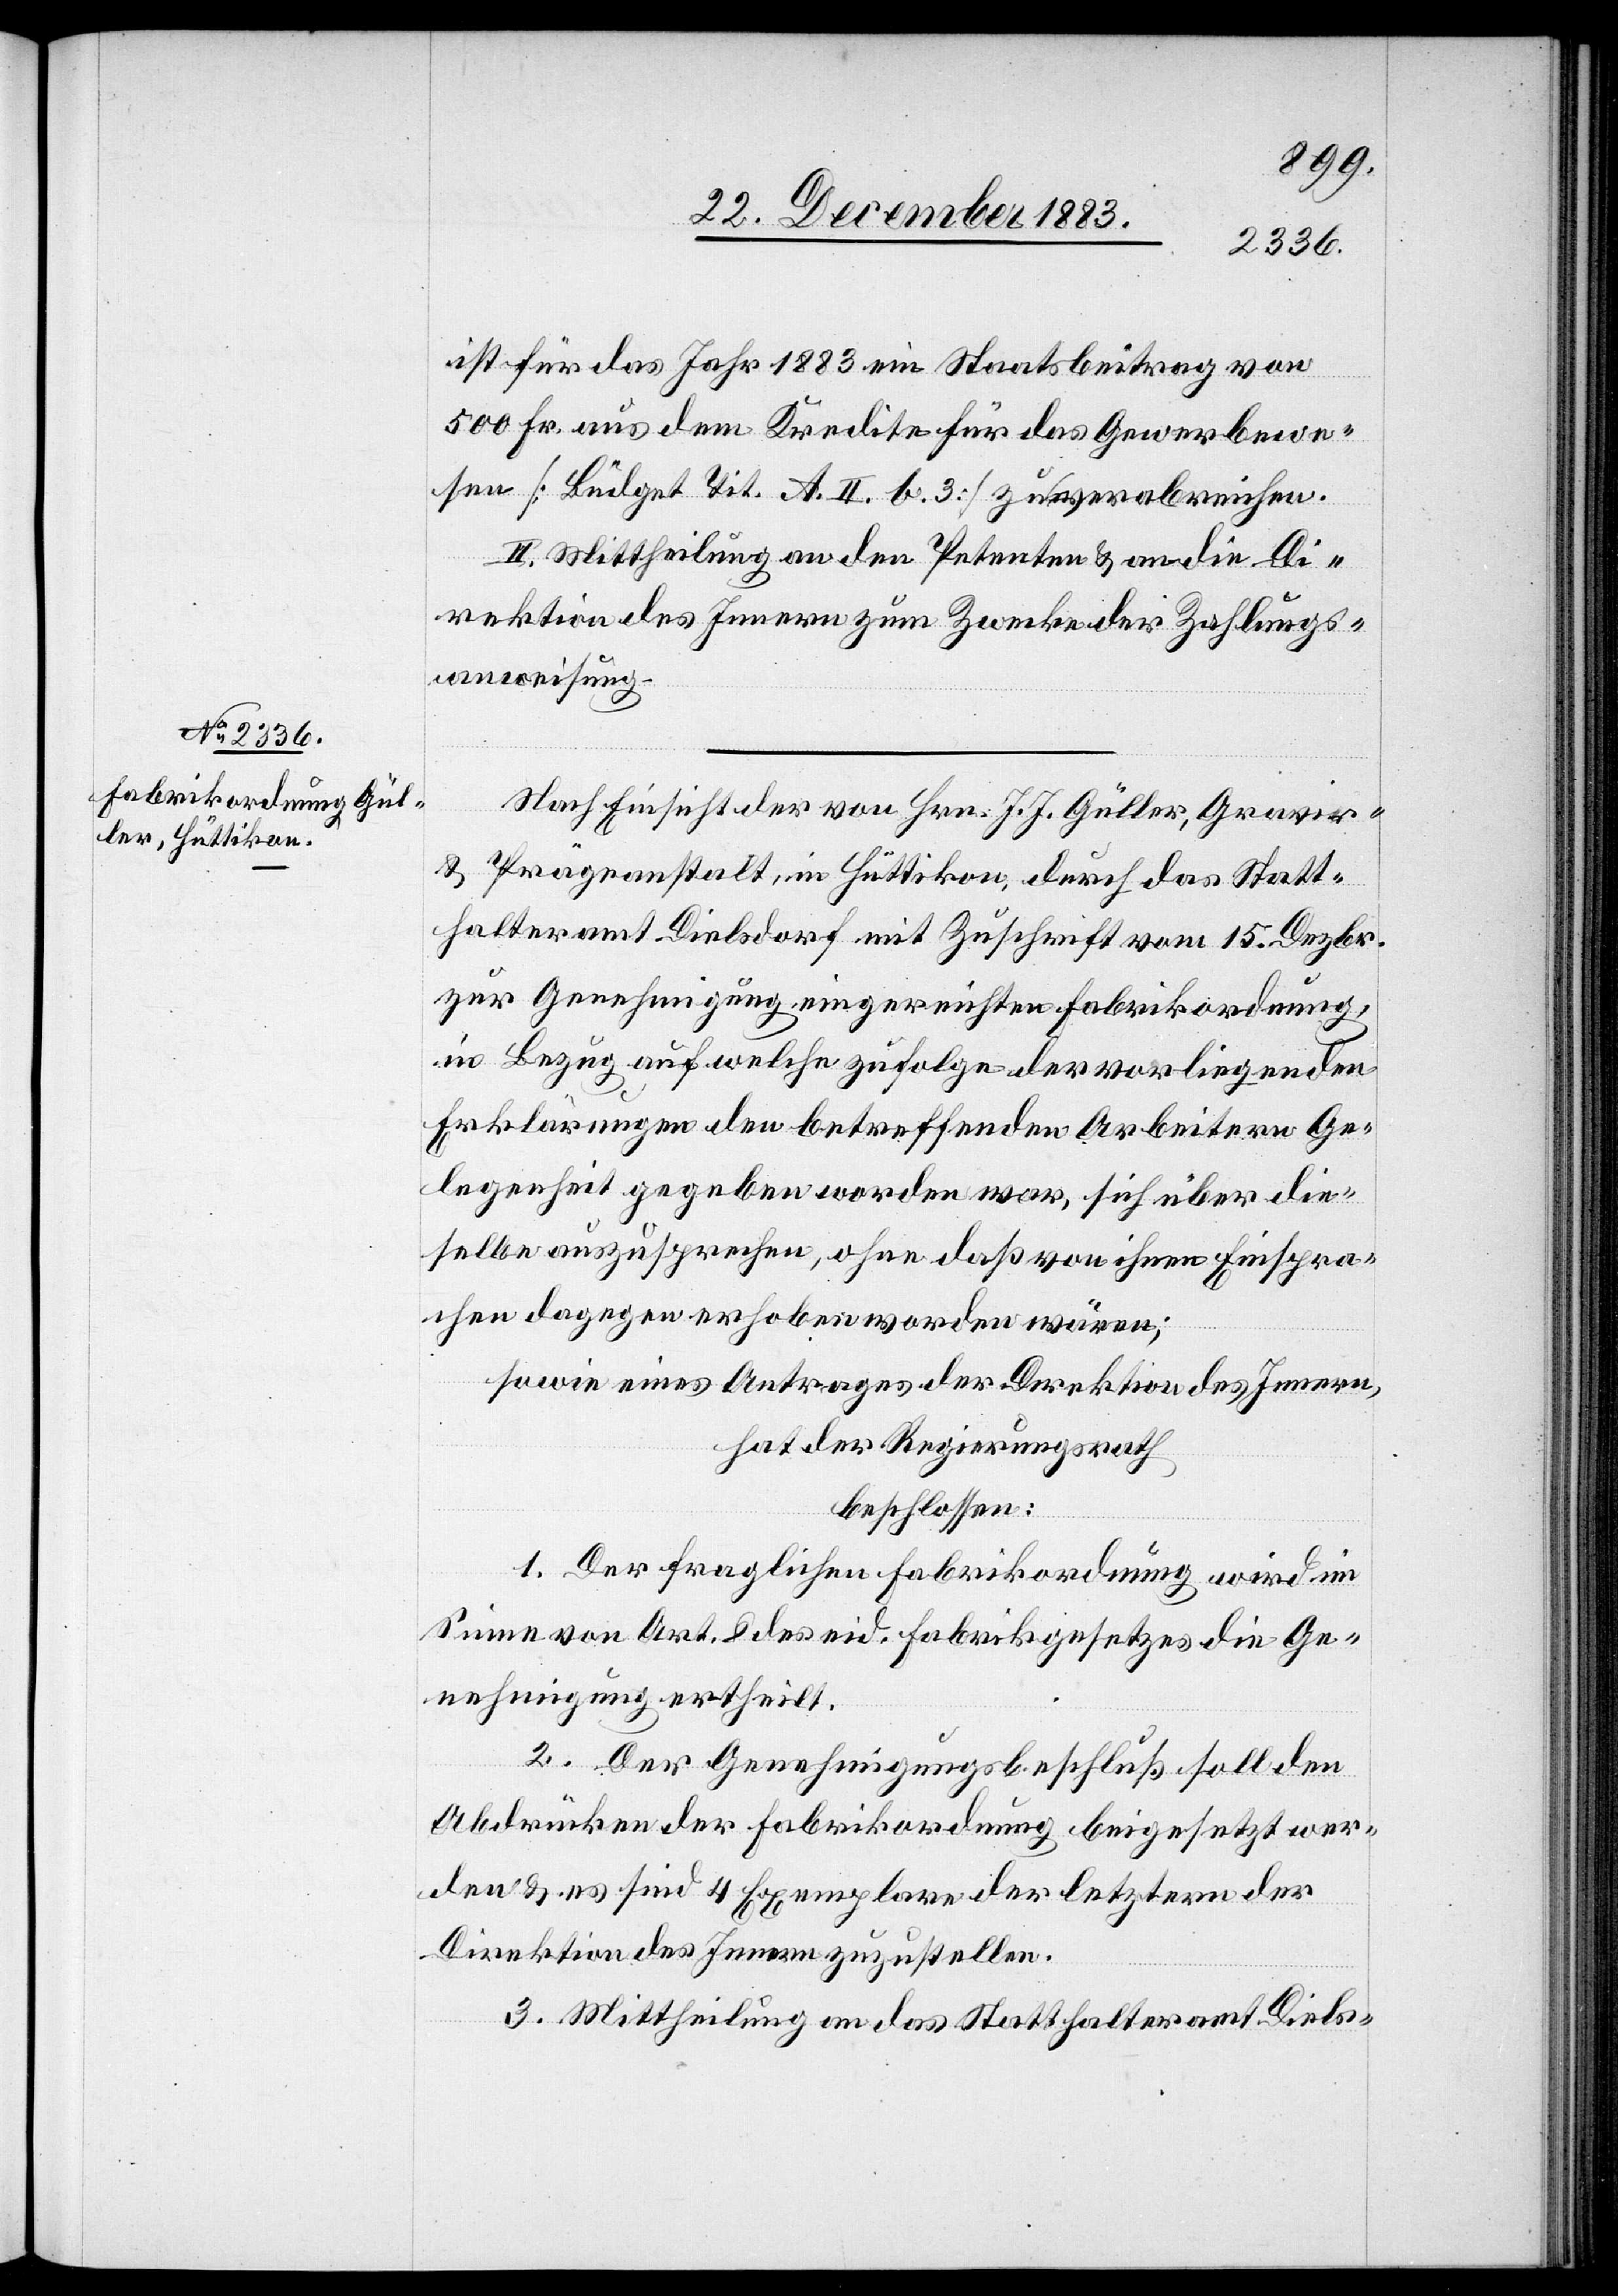
ist für das Jahr 1883 ein Staatsbeitrag von
500 Fr. aus dem Kredite für das Gewerbewe¬
sen [Büdget Tit. A. II. b. 3] zu verabreichen.
II. Mittheilung an den Petenten & an die Di¬
rektion des Innern zum Zwecke der Zahlungs¬
anweisung.
Nach Einsicht der von Hrn. J. J. Güller, Gravir-
& Prägeanstalt, in Hüttikon, durch das Statt¬
halteramt Dielsdorf mit Zuschrift vom 15. Dezbr.
zur Genehmigung eingereichten Fabrikordnung,
in Bezug auf welche zufolge der vorliegenden
Erklärungen den betreffenden Arbeitern Ge¬
legenheit gegeben worden war, sich über die¬
selbe auszusprechen, ohne daß von ihnen Einspra¬
chen dagegen erhoben worden wären;
sowie eines Antrages der Direktion des Innern,
hat der Regierungsrath
beschlossen:
1. Der fraglichen Fabrikordnung wird im
Sinne von Art. 8 des eid. Fabrikgesetzes die Ge¬
nehmigung ertheilt.
2. Der Genehmigungsbeschluß soll den
Abdrücken der Fabrikordnung beigesetzt wer¬
den & es sind 4 Exemplare der letztern der
Direktion des Innern zuzustellen.
3. Mittheilung an das Statthalteramt Diels-